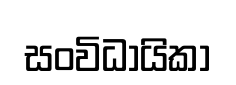
සංවිධායිකා